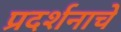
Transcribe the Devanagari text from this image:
प्रदर्शनाचे